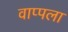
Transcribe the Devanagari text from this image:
वाप्पला